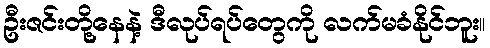
ဦးဇင်းတို့နေနဲ့ ဒီလုပ်ရပ်တွေကို လက်မခံနိုင်ဘူး။